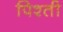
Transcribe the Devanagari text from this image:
पिश्ती